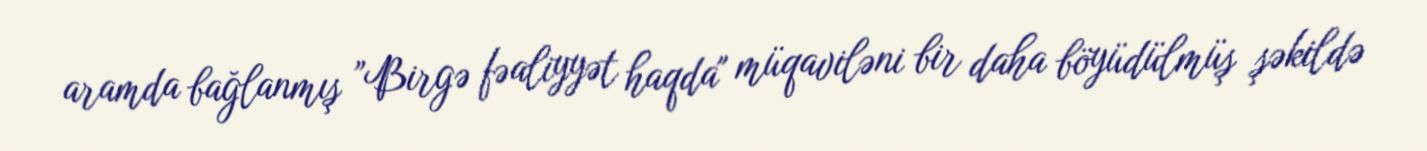
aramda bağlanmış ”Birgə fəaliyyət haqda" müqaviləni bir daha böyüdülmüş şəkildə